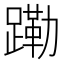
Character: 𬧊